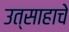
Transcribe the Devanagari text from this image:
उत्साहाचे